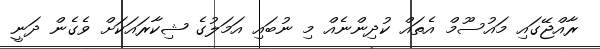
ރާއްޖޭގައި މައުސޫމް އެތައް ކުދިންނެއް މި ނުބައި އަމަލުގެ ޝިކާރައަކަށް ވެގެން ދަނީ